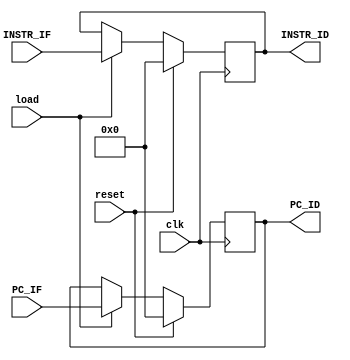
`timescale 1ns / 1ps
//////////////////////////////////////////////////////////////////////////////////
// Company: 
// Engineer: 
// 
// Design Name: 
// Module Name: pipeline
// Project Name: 
// Target Devices: 
// Tool Versions: 
// Description: 
// 
// Dependencies: 
// 
// Revision:
// Revision 0.01 - File Created
// Additional Comments:
// 
//////////////////////////////////////////////////////////////////////////////////

module pipeline(clk, reset, load, PC_IF, INSTR_IF, PC_ID, INSTR_ID);
    input clk, reset, load;
    input [31:0] PC_IF, INSTR_IF;
    output reg [31:0] PC_ID, INSTR_ID;
   
    always @(posedge clk)
    begin
        if (reset == 1)
        begin 
            PC_ID = 0;
            INSTR_ID = 0;
        end
        else if (load == 1)
        begin
            PC_ID <= PC_IF;
            INSTR_ID <= INSTR_IF;
        end
    end
    
endmodule